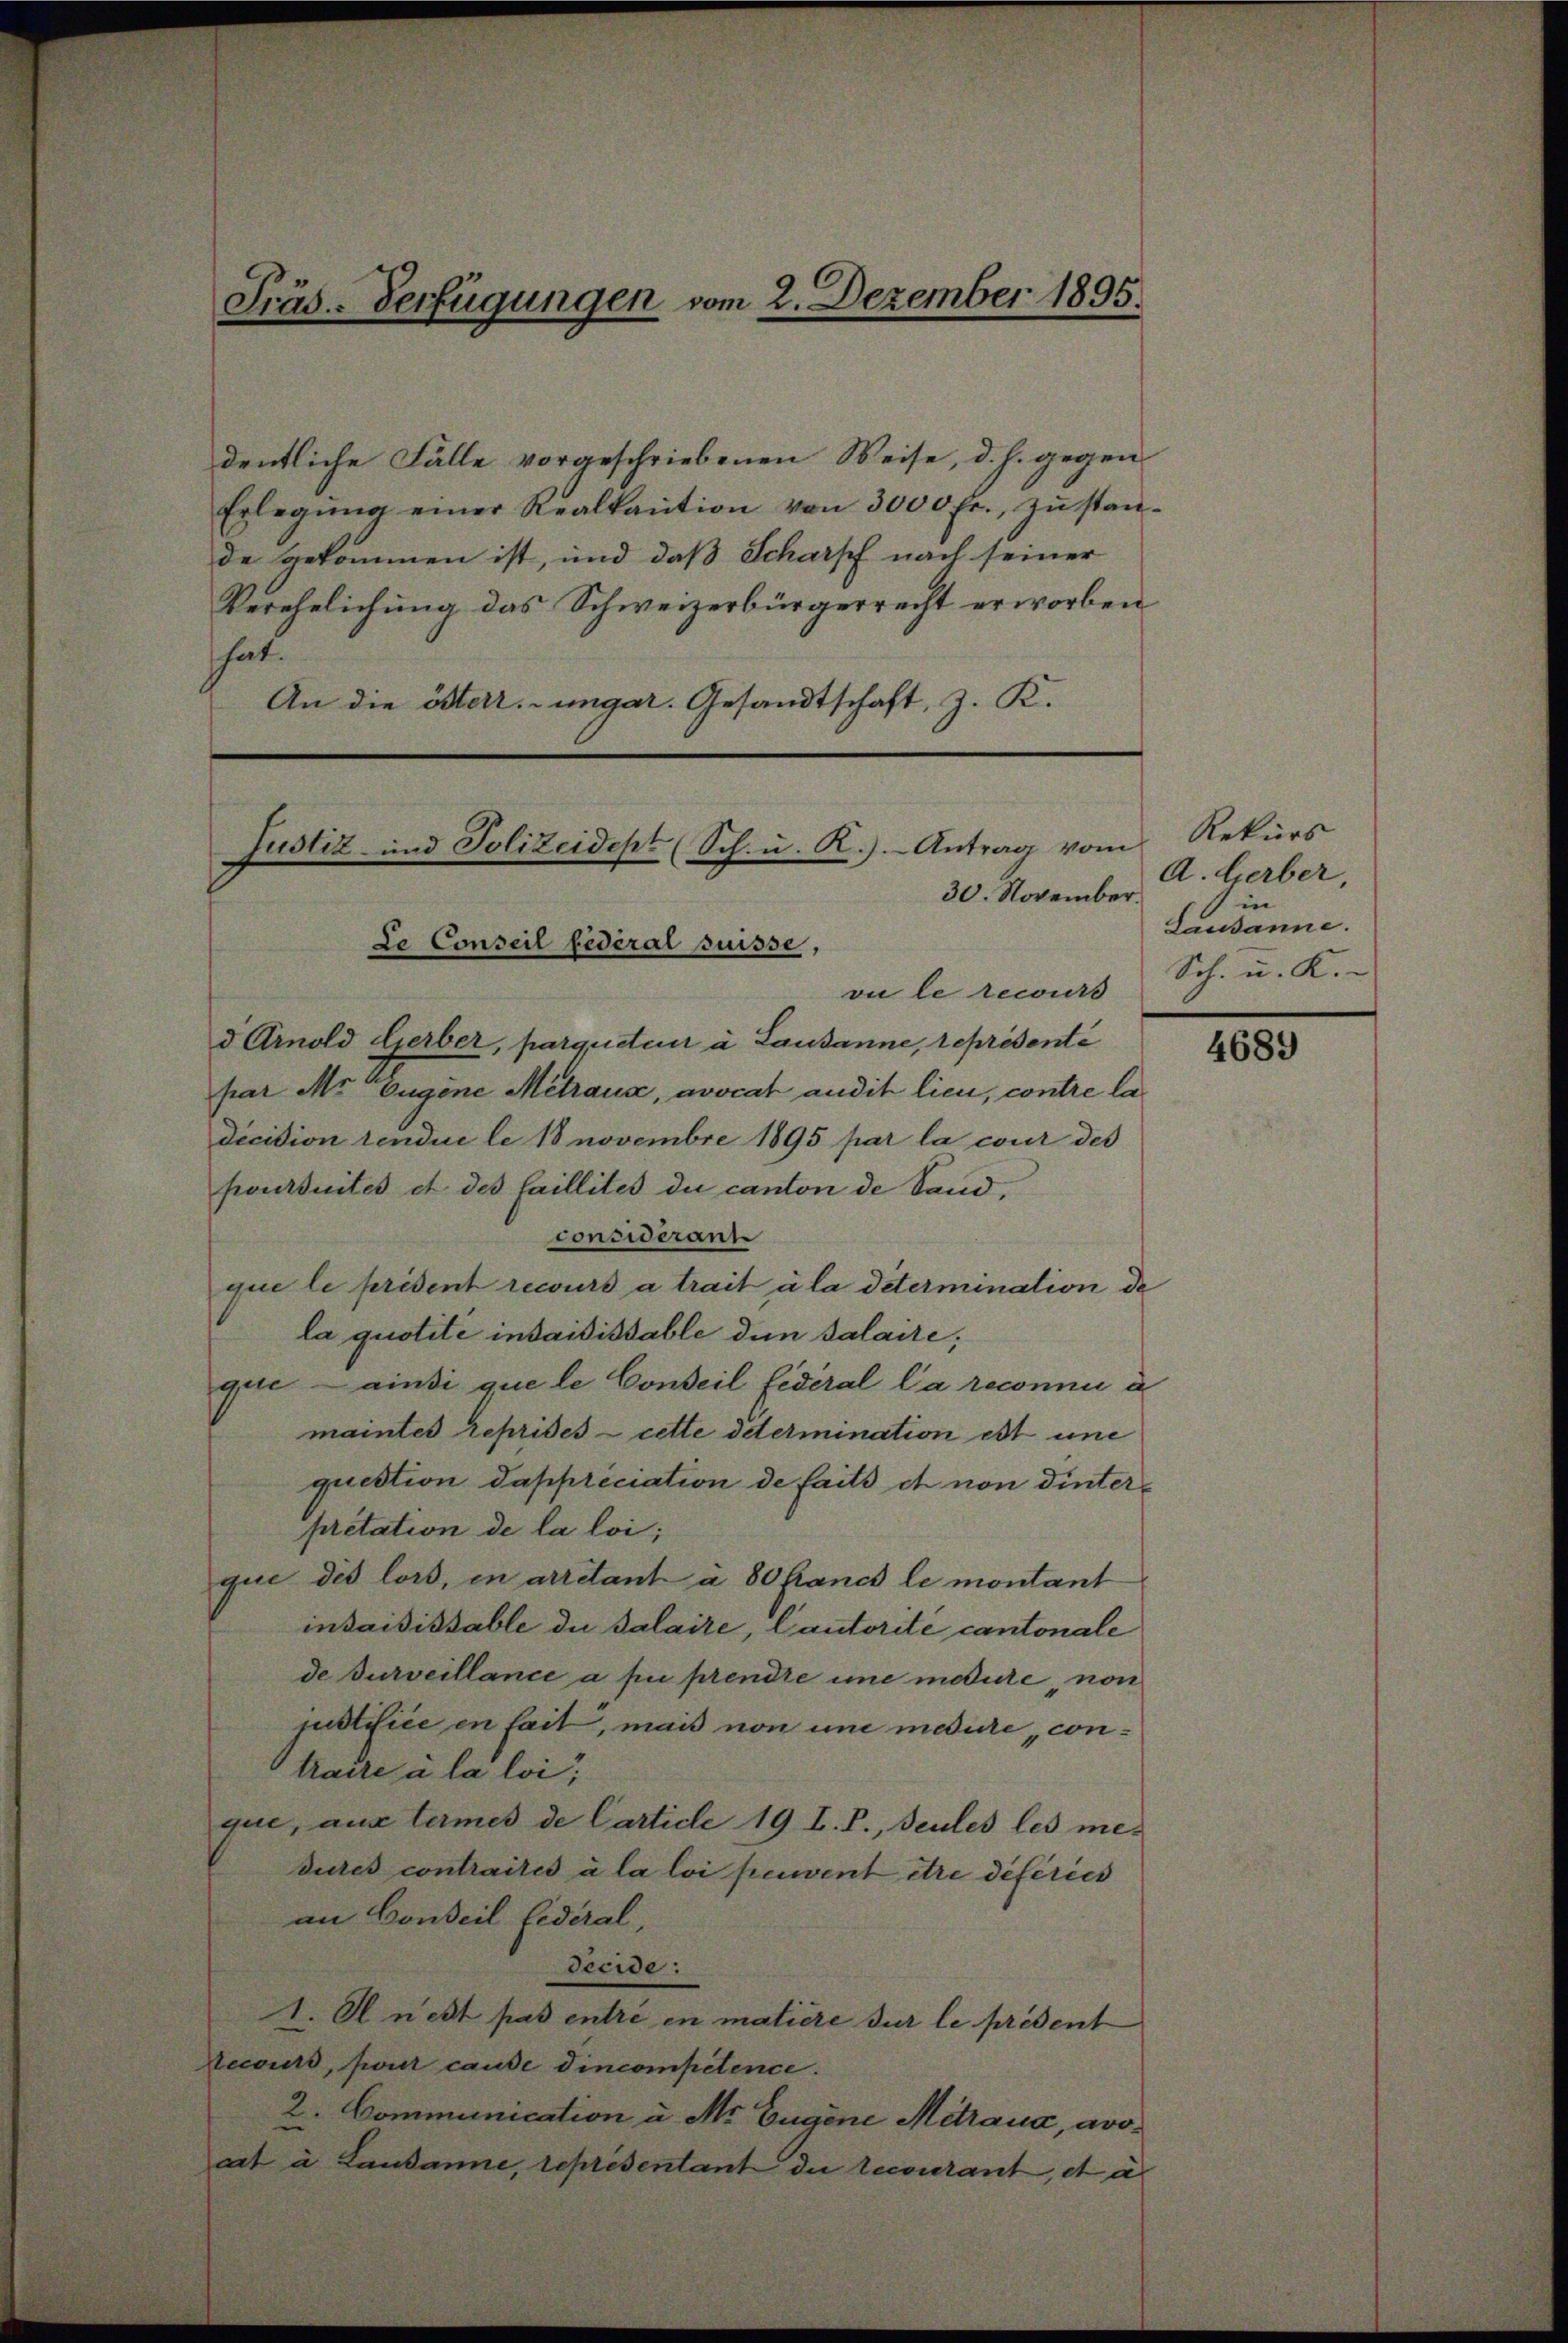
Präs. - Verfügungen vom 2. Dezember 1895.

dentliche Fälle vorgeschriebenen Weise, d. h. gegen
Erlegŭng einer Realkaution von 3000 fr. zŭ stan-
de gekommen ist, und daß Scharff nach seiner
Verehelichung das Schweizerbürgerrecht erworben
hat.
An die österr.-ungar. Gesandtschaft, z. K.

vu le recours
d Arnold Lierber, parqueten à Lausanne, représente
par Mr Eugene Mehraua, avocat audit lieu, contre la
decision tendue le 18 novembre 1895 par la cour des
poursuites et des faillites du canton de Sandconsideranz
que le prident recours a trait à la détermination de
la quotité insaisissable den Valaire,
gere ainsi que le Conseil fédéral la reconnu a
maintes reprises cette determination ist eine
question dappréciation de faits et non dinterpretation de la loi;
que des lors, in arrétant a 80 francs le montant
insaisissable die Salaire, Cautorite cantonale
de surveillance a pu prendre une medure non
justifice en fait, mais non und medure contraire à la loi,
que, aus termes de Carticle 19 I. P., seules les me-
dures contraités à la loi peuvent être déféries
an Conseil Federal,
décide:
1. A nest pas entre en matière sur le présent
ecours, pour cause dincompetence.
2. Communication u. Mr Eugene Mitraua, avocat à Lausanne, représentant die recourant, et a

Justiz- und Polizeidept (Sch. u. R.). Antrag vom
30. November.
Le Conseil fédéral suisse,

Rekurs
A. Herber,
in
Lusanne.
Sch. u. K.

4689